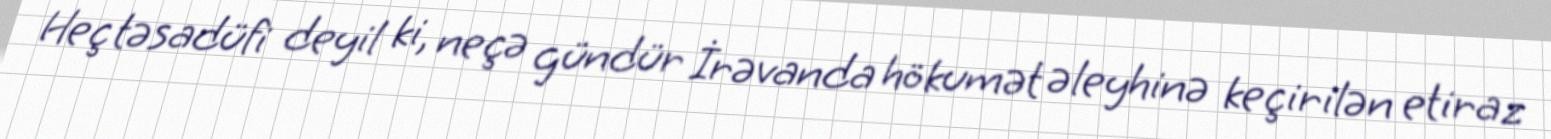
Heç təsadüfi deyil ki, neçə gündür İrəvanda hökumət əleyhinə keçirilən etiraz